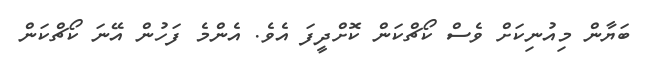
ބަޔާން މިއުނިކަށް ވެސް ކޯޗްކަން ކޮށްދީފަ އެވެ. އެންމެ ފަހުން އޭނަ ކޯޗްކަން